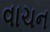
વાચન